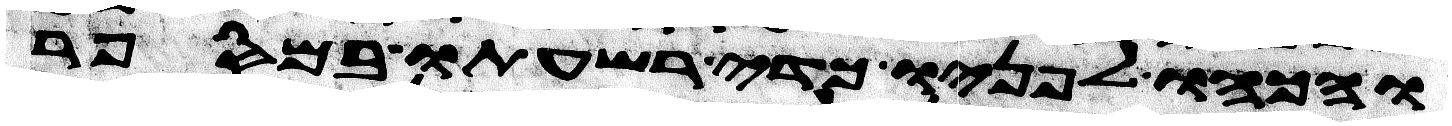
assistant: והכהו לפניו כדי רשעתו במספר